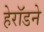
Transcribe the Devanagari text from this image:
हेरॉडने